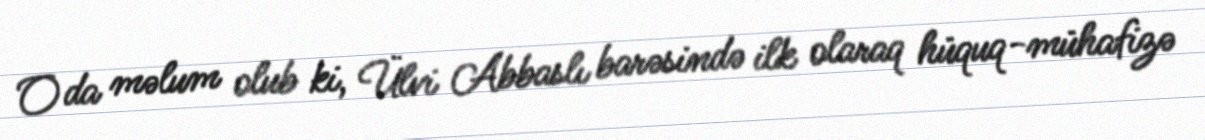
O da məlum olub ki, Ülvi Abbaslı barəsində ilk olaraq hüquq-mühafizə